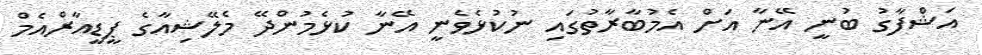
އަޝްފާގު ބުނީ އޭނާ އަށް އެމުބާރާތުގައި ނުކުޅެވެނީ އޭނާ ކުޅެމުންދޭ މެލޭޝިއާގެ ޕީޑީއާރްއެމް